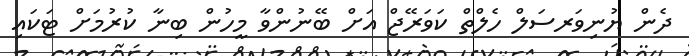
ދެން ޔުނިވަރސަލް ހެލްތް ކަވަރޭޖް އަށް ބޭނުންވާ މީހުން ބިނާ ކުރުމަށް ޓަކައި